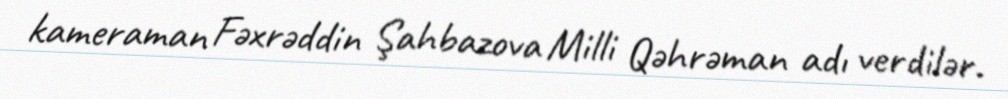
kameraman Fəxrəddin Şahbazova Milli Qəhrəman adı verdilər.